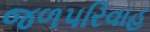
જળપરિવાહ